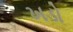
ખડો